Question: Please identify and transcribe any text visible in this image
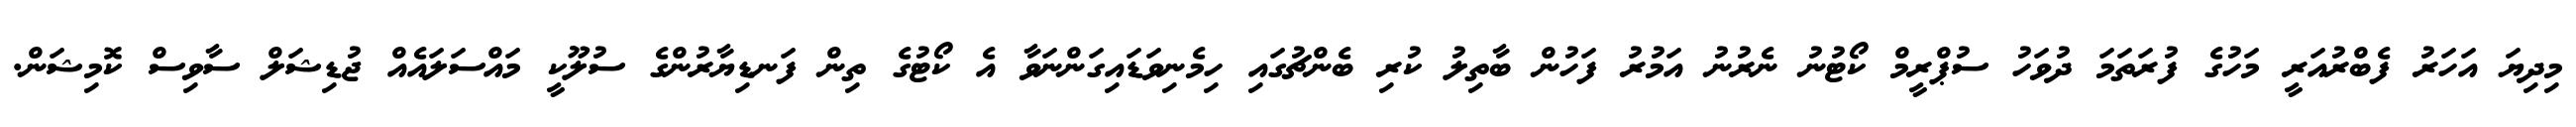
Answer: މިދިޔަ އަހަރު ފެބްރުއަރީ މަހުގެ ފުރަތަމަ ދުވަހު ސުޕްރީމް ކޯޓުނު ނެރުނު އަމުރު ފަހުން ބާތިލު ކުރި ބެންޗުގައި ހިމެނިވަޑައިގަންނަވާ އެ ކޯޓުގެ ތިން ފަނޑިޔާރުންގެ ސުލޫކީ މައްސަލައެއް ޖުޑިޝަލް ސާވިސް ކޮމިޝަން.